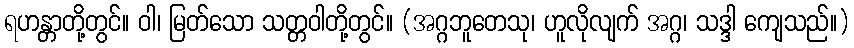
ရဟန္တာတို့တွင်။ ဝါ၊ မြတ်သော သတ္တဝါတို့တွင်။ (အဂ္ဂဘူတေသု၊ ဟူလိုလျက် အဂ္ဂ၊ သဒ္ဒါ ကျေသည်။)